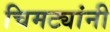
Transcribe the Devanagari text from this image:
चिमट्यांनी